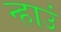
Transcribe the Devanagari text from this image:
न्हाउं